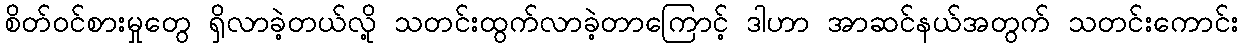
စိတ်ဝင်စားမှုတွေ ရှိလာခဲ့တယ်လို့ သတင်းထွက်လာခဲ့တာကြောင့် ဒါဟာ အာဆင်နယ်အတွက် သတင်းကောင်း